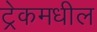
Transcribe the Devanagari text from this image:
ट्रेकमधील